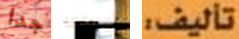
جدا أوصلها تأليف